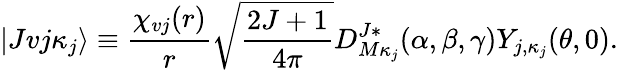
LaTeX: |Jvj\kappa_{j}\rangle\equiv\frac{\chi_{vj}(r)}{r}\sqrt{\frac{2J+1}{4\pi}}D_{M\kappa_{j}}^{J*}(\alpha,\beta,\gamma)Y_{j,\kappa_{j}}(\theta,0).